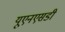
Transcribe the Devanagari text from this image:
यूएनएसडी